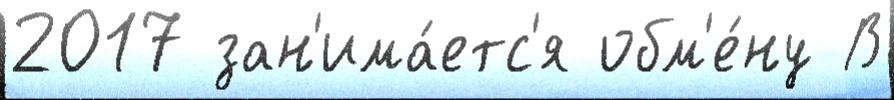
2017 зан'има́етс'я обм'е́ну В